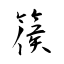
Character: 篌